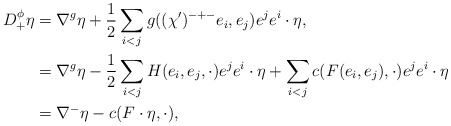
\begin{align*} D^\phi_+ \eta & = \nabla^g \eta + \frac{1}{2}\sum_{i < j} g((\chi')^{-+-}e_i,e_j) e^j e^i \cdot \eta,\\ & = \nabla^g \eta - \frac{1}{2}\sum_{i < j} H(e_i,e_j,\cdot) e^j e^i \cdot \eta + \sum_{i < j} c(F(e_i,e_j),\cdot) e^j e^i \cdot \eta\\ & = \nabla^- \eta - c(F \cdot \eta,\cdot),\end{align*}